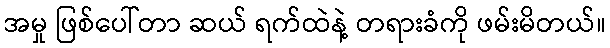
အမှု ဖြစ်ပေါ်တာ ဆယ် ရက်ထဲနဲ့ တရားခံကို ဖမ်းမိတယ်။